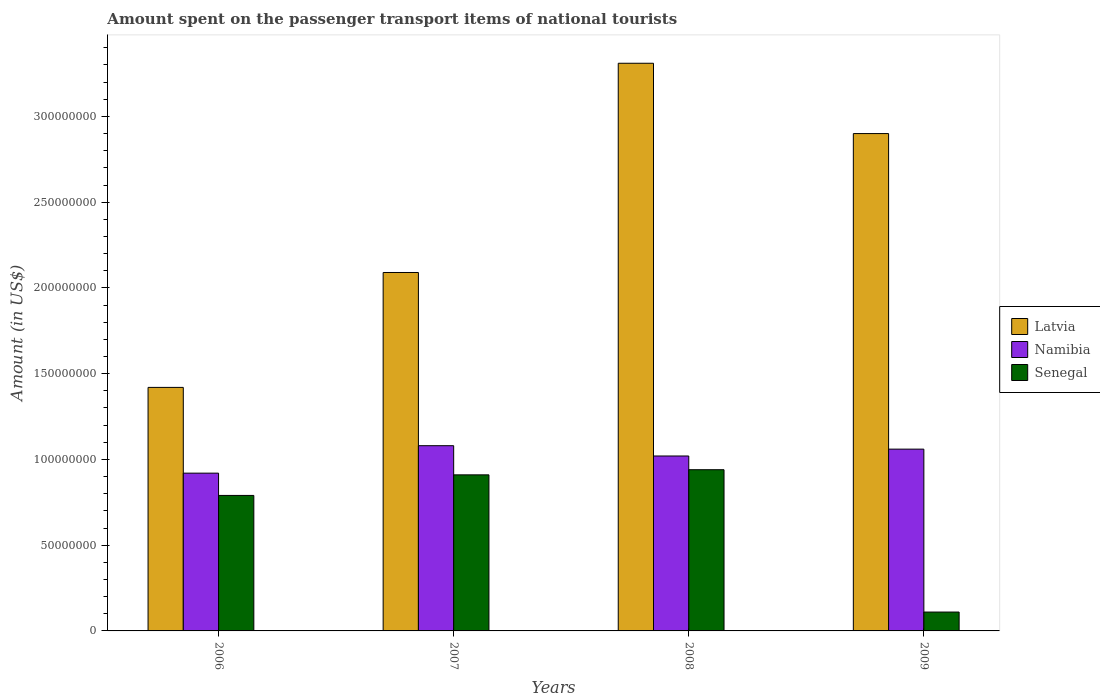
| Years | Latvia | Namibia | Senegal |
 | --- | --- | --- | --- |
 | 2006 | 1.42e+08 | 9.2e+07 | 7.9e+07 |
 | 2007 | 2.09e+08 | 1.08e+08 | 9.1e+07 |
 | 2008 | 3.31e+08 | 1.02e+08 | 9.4e+07 |
 | 2009 | 2.9e+08 | 1.06e+08 | 1.1e+07 |